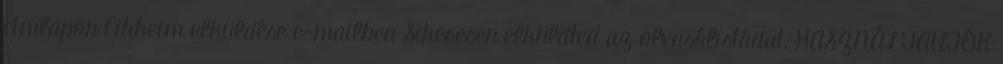
címlapon Cikkeim elküldése e-mailben Sikeresen elküldted az olvasólistádat. HASZNÁLTAUTÓK